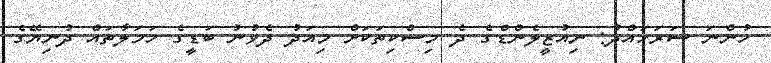
ހުންނަ ސަރަހައްދު: ނިއުޒީލެންޑްގެ ދެ މިސްކިތަކަށް މިއަދު ދެވުނު ބަޑީގެ ހަމަލާތައް ދުނިޔޭގެ